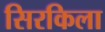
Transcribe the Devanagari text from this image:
सिरकिला